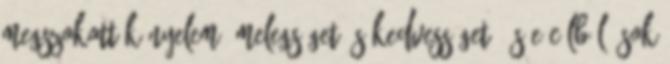
megszokott kényelem, melegséget és kedvességet. És e célból, sok